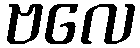
ဗလေ